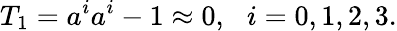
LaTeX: T_{1}=a^{i}a^{i}-1\approx 0,\, \, \, \, i=0,1,2,3.